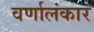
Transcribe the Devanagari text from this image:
वर्णालंकार